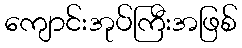
ကျောင်းအုပ်ကြီးအဖြစ်